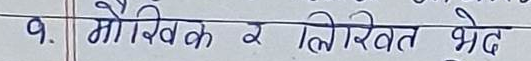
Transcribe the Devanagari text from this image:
९. मौखिक र लिखित भेद